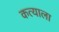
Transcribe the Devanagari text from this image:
कत्याला